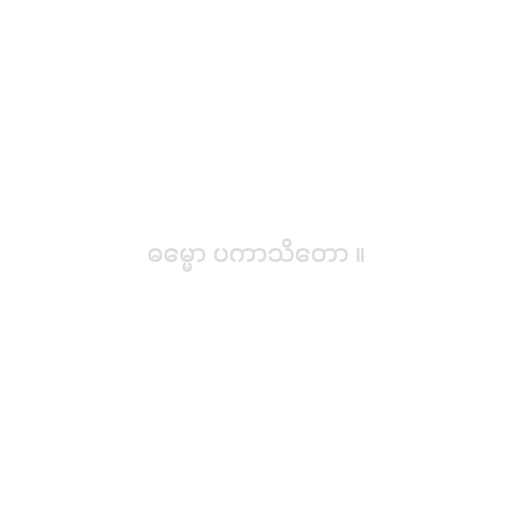
ဓမ္မော ပကာသိတော ။